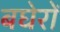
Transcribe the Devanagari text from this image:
बघेरों